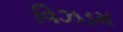
વિઝડમ